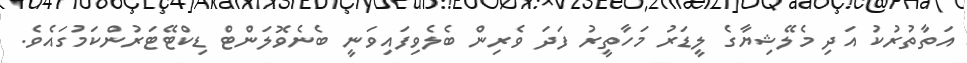
އަތާތުރުކު އަދި މެލޭޝިޔާގެ ލީޑަރު މަހާތީރު ފަދަ ވެރިން ބެލެވިފައިވަނީ ބެނެވޮލަންޓް ޑިކްޓޭޓަރުންކަމުގައެވެ.